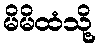
မိမိထံသို့